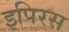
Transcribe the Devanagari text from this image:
इपिरस